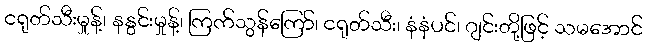
ငရုတ်သီးမှုန့်၊ နနွင်းမှုန့်၊ ကြက်သွန်ကြော်၊ ငရုတ်သီး၊ နံနံပင်၊ ဂျင်းတို့ဖြင့် သမအောင်